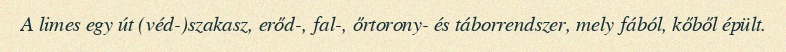
A limes egy út (véd-)szakasz, erőd-, fal-, őrtorony- és táborrendszer, mely fából, kőből épült.